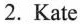
2.Kate